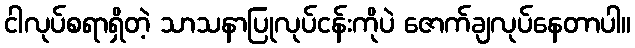
ငါလုပ်စရာရှိတဲ့ သာသနာပြုလုပ်ငန်းကိုပဲ ဇောက်ချလုပ်နေတာပါ။